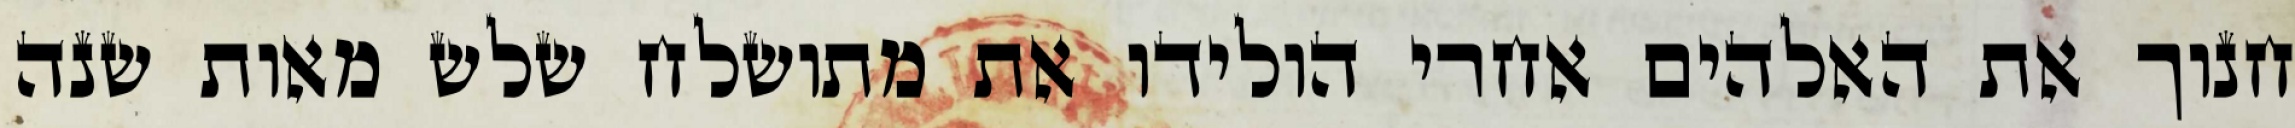
חנוך את האלהים אחרי הולידו את מתושלח שלש מאות שנה